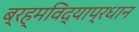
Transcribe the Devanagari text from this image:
ब्रह्मविद्याप्रधान